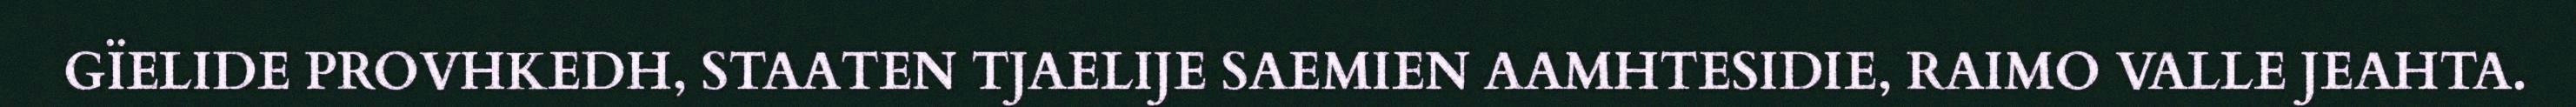
GÏELIDE PROVHKEDH, STAATEN TJAELIJE SAEMIEN AAMHTESIDIE, RAIMO VALLE JEAHTA.